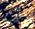
رأت